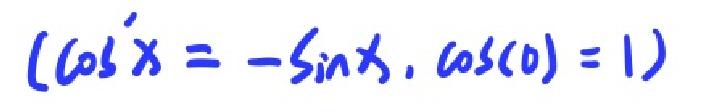
$(\cos'x = -\sin x,\ \cos(0) = 1)$